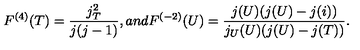
F ^ { ( 4 ) } ( T ) = \frac { j _ { T } ^ { 2 } } { j ( j - 1 ) } , a n d F ^ { ( - 2 ) } ( U ) = \frac { j ( U ) ( j ( U ) - j ( i ) ) } { j _ { U } ( U ) ( j ( U ) - j ( T ) ) } .